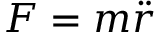
F = m { \ddot { r } }